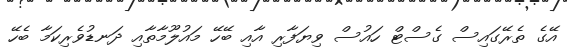
އޭގެ ތެރޭގައިސް ގެސްޓް ހައުސް ވިޔަފާރި އާއި ބޭހޭ މައުލޫމާތާއި ދަނޑުވެރިކަމާ ބެހޭ